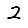
Digit: 2